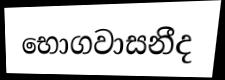
භොගවාසනීද